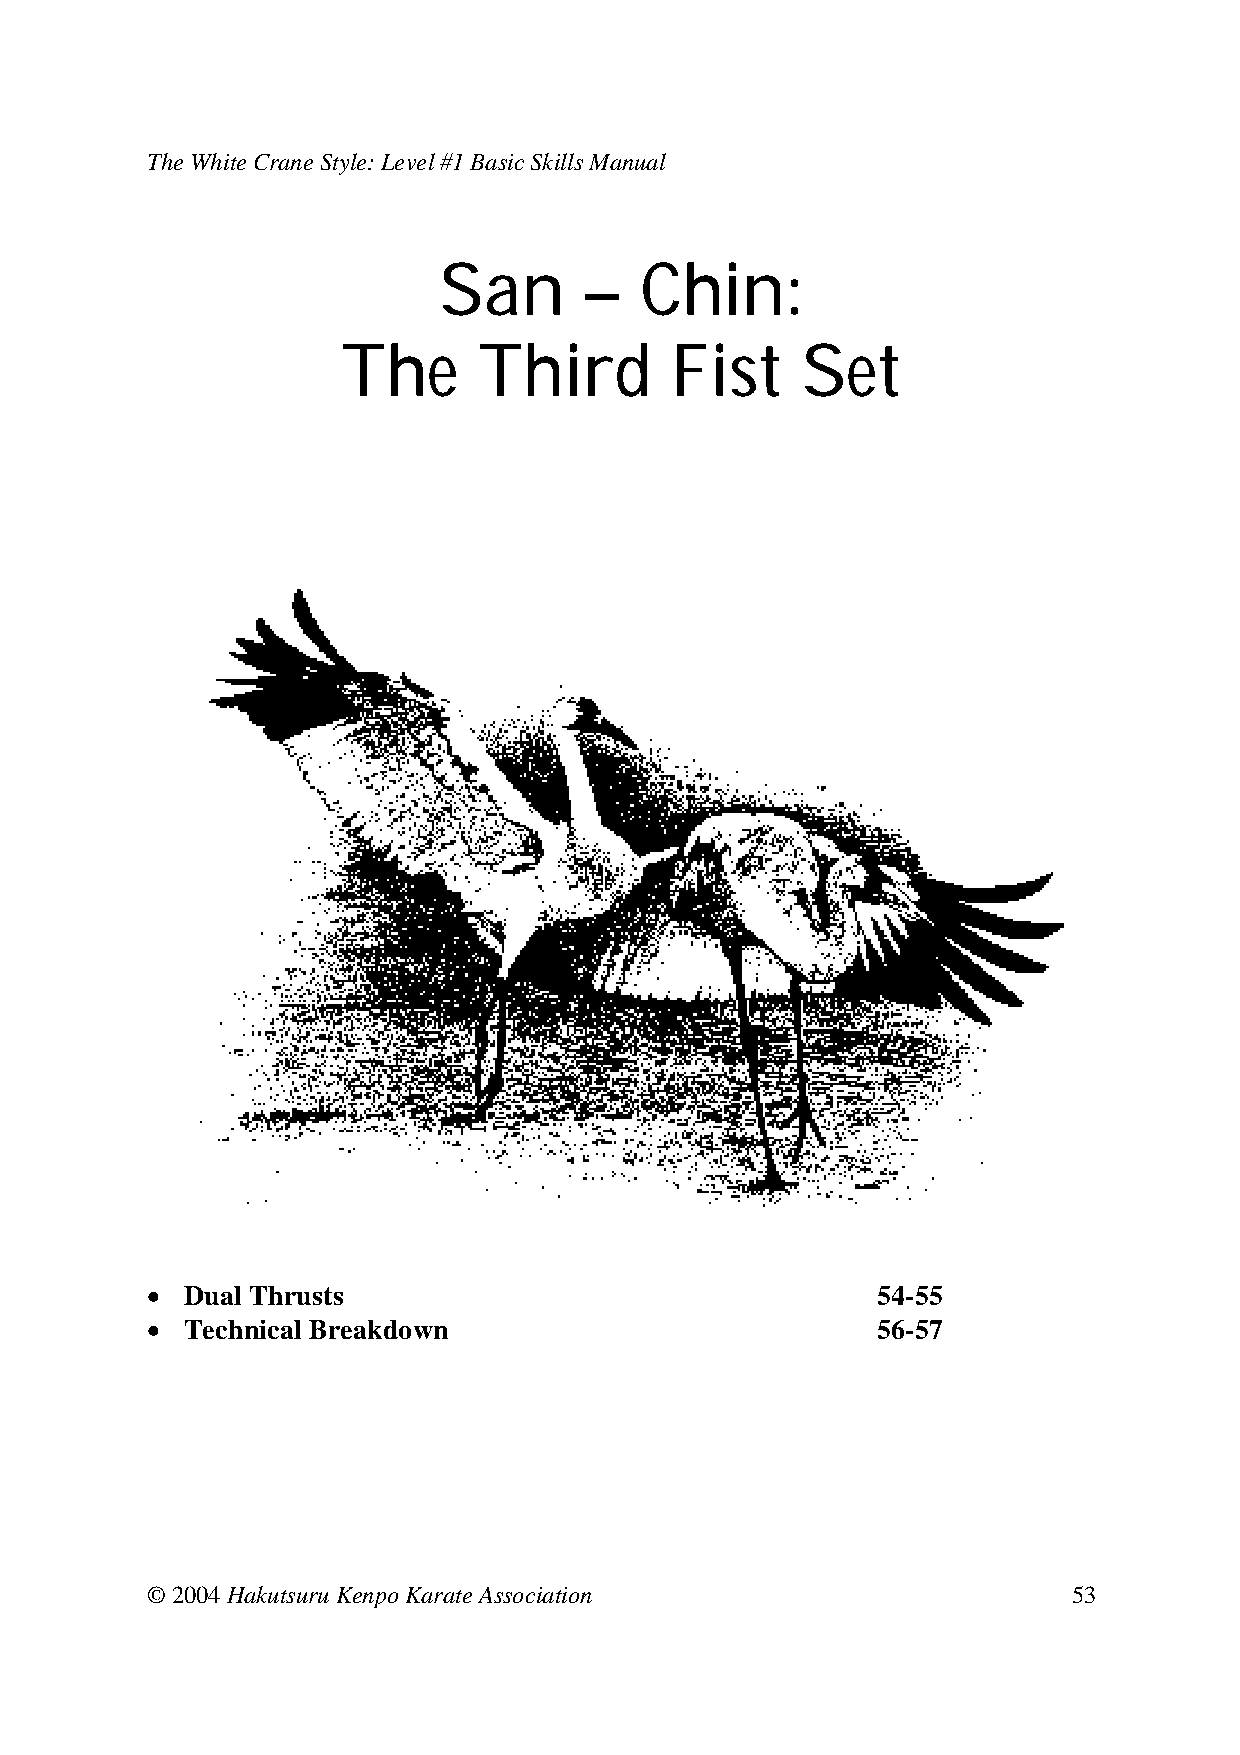
The White Crane Style: Level #1 Basic Skills Manual
 San       –  Chin:
 The      Third       Fist     Set
 • Dual Thrusts                             54-55
 • Technical Breakdown                   56-57
 © 2004 Hakutsuru Kenpo Karate Association                    53